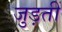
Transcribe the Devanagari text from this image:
जुड़तीं